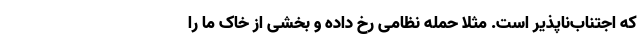
که اجتناب‌ناپذیر است. مثلا حمله نظامی رخ داده و بخشی از خاک ما را